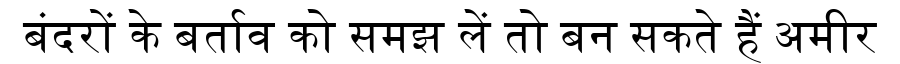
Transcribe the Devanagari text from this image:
बंदरों के बर्ताव को समझ लें तो बन सकते हैं अमीर